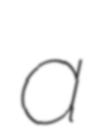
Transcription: a